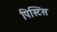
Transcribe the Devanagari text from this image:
पिस्टिस